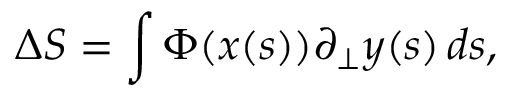
\Delta S = \int \Phi ( x ( s ) ) \partial _ { \bot } y ( s ) \, d s ,